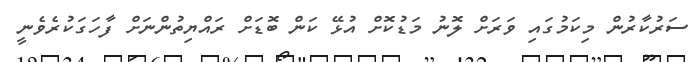
ސަރުކާރުން މިކަމުގައި ވަރަށް ލޮނު މަޑުކޮށް އުޅޭ ކަން ބޮޑަށް ރައްޔިތުންނަށް ފާހަގަކުރެވެނީ